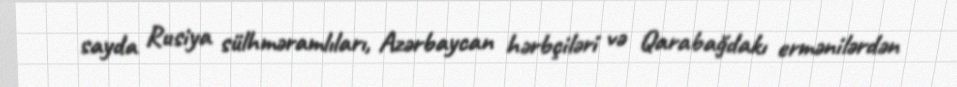
sayda Rusiya sülhməramlıları, Azərbaycan hərbçiləri və Qarabağdakı ermənilərdən